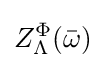
Z_{\Lambda }^{\Phi }({\bar {\omega }})